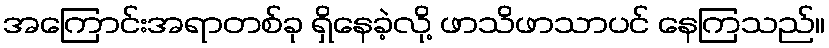
အကြောင်းအရာတစ်ခု ရှိနေခဲ့လို့ ဖာသိဖာသာပင် နေကြသည်။